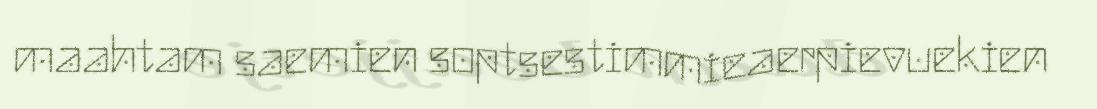
maahtam saemien soptsestimmieaerpievuekien